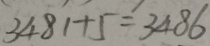
3 4 8 1 + 5 = 3 4 8 6